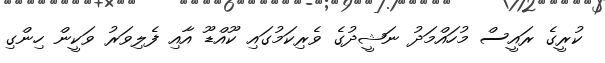
ކުރީގެ ރައީސް މުހައްމަދު ނަޝީދުގެ ވެރިކަމުގައި ކޫއްޑޫ އާއި ފެލިވަރު ވަކީން ހިންގި